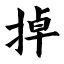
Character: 掉